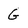
Character: G